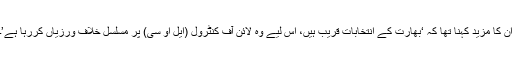
ان کا مزید کہنا تھا کہ ‘بھارت کے انتخابات قریب ہیں، اس لیے وہ لائن آف کنٹرول (ایل او سی) پر مسلسل خلاف ورزیاں کررہا ہے’۔